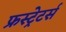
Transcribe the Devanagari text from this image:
फ्रस्ट्रेटर्स